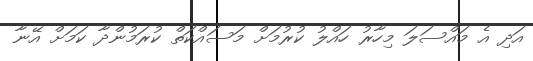
އަދި އެ މައްސަލަ މިހާރު ހައްލު ކުރުމަށް މަސައްކަތް ކުރަމުންދާ ކަމަށް އޭނާ